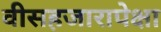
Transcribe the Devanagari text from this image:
वीसहजारापेक्षा